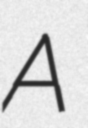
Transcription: A